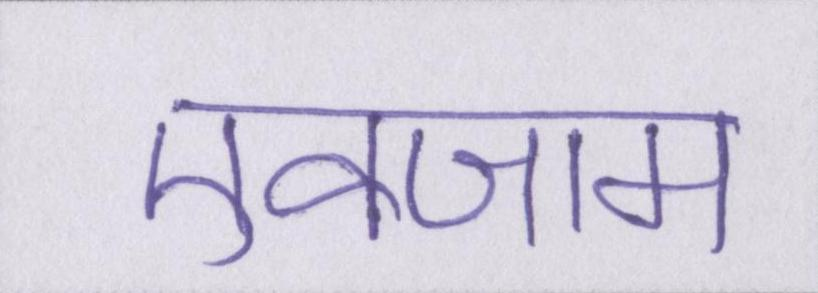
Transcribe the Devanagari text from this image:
एक्जाम